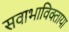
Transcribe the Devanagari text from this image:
सवाभाविक्ताया